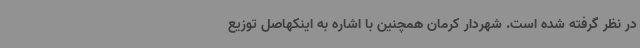
در نظر گرفته شده است. شهردار کرمان همچنین با اشاره به اینکهاصل توزیع